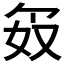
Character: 𪥯